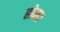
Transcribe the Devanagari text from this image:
होम।